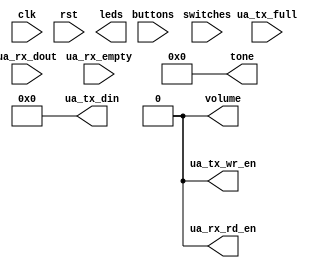
module piano #(
    parameter CLOCK_FREQ = 125_000_000
) (
    input clk,
    input rst,

    input [2:0] buttons,
    input [1:0] switches,
    output [5:0] leds,

    output [7:0] ua_tx_din,
    output ua_tx_wr_en,
    input ua_tx_full,

    input [7:0] ua_rx_dout,
    input ua_rx_empty,
    output ua_rx_rd_en,

    output [23:0] tone,
    output volume
);
    assign tone = 'd0;
    assign volume = 'd0;
    assign ua_tx_din = 0;
    assign ua_tx_wr_en = 0;
    assign ua_rx_rd_en = 0;
endmodule